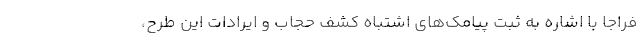
فراجا با اشاره به ثبت پیامک‌های اشتباه کشف حجاب و ایرادات این طرح،